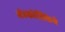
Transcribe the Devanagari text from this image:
अंडकोशिकेचे